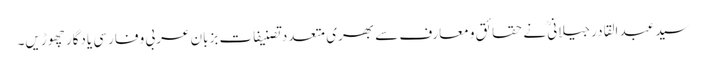
سید عبد القادر جیلانیؒ نے حقائق و معارف سے بھری متعدد تصنیفات بزبان عربی و فارسی یادگار چھوڑیں۔